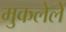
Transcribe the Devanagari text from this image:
मुकलेले